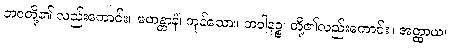
ဘဝတို့၏ လည်းကောင်း။ မဟန္တာနံ၊ ကုန်သော။ ဘဝါနဉ္စ၊ တို့၏လည်းကောင်း။ အတ္ထာယ၊